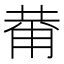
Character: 𱰞